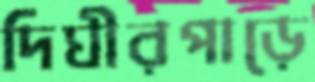
দিঘীরপাড়ে